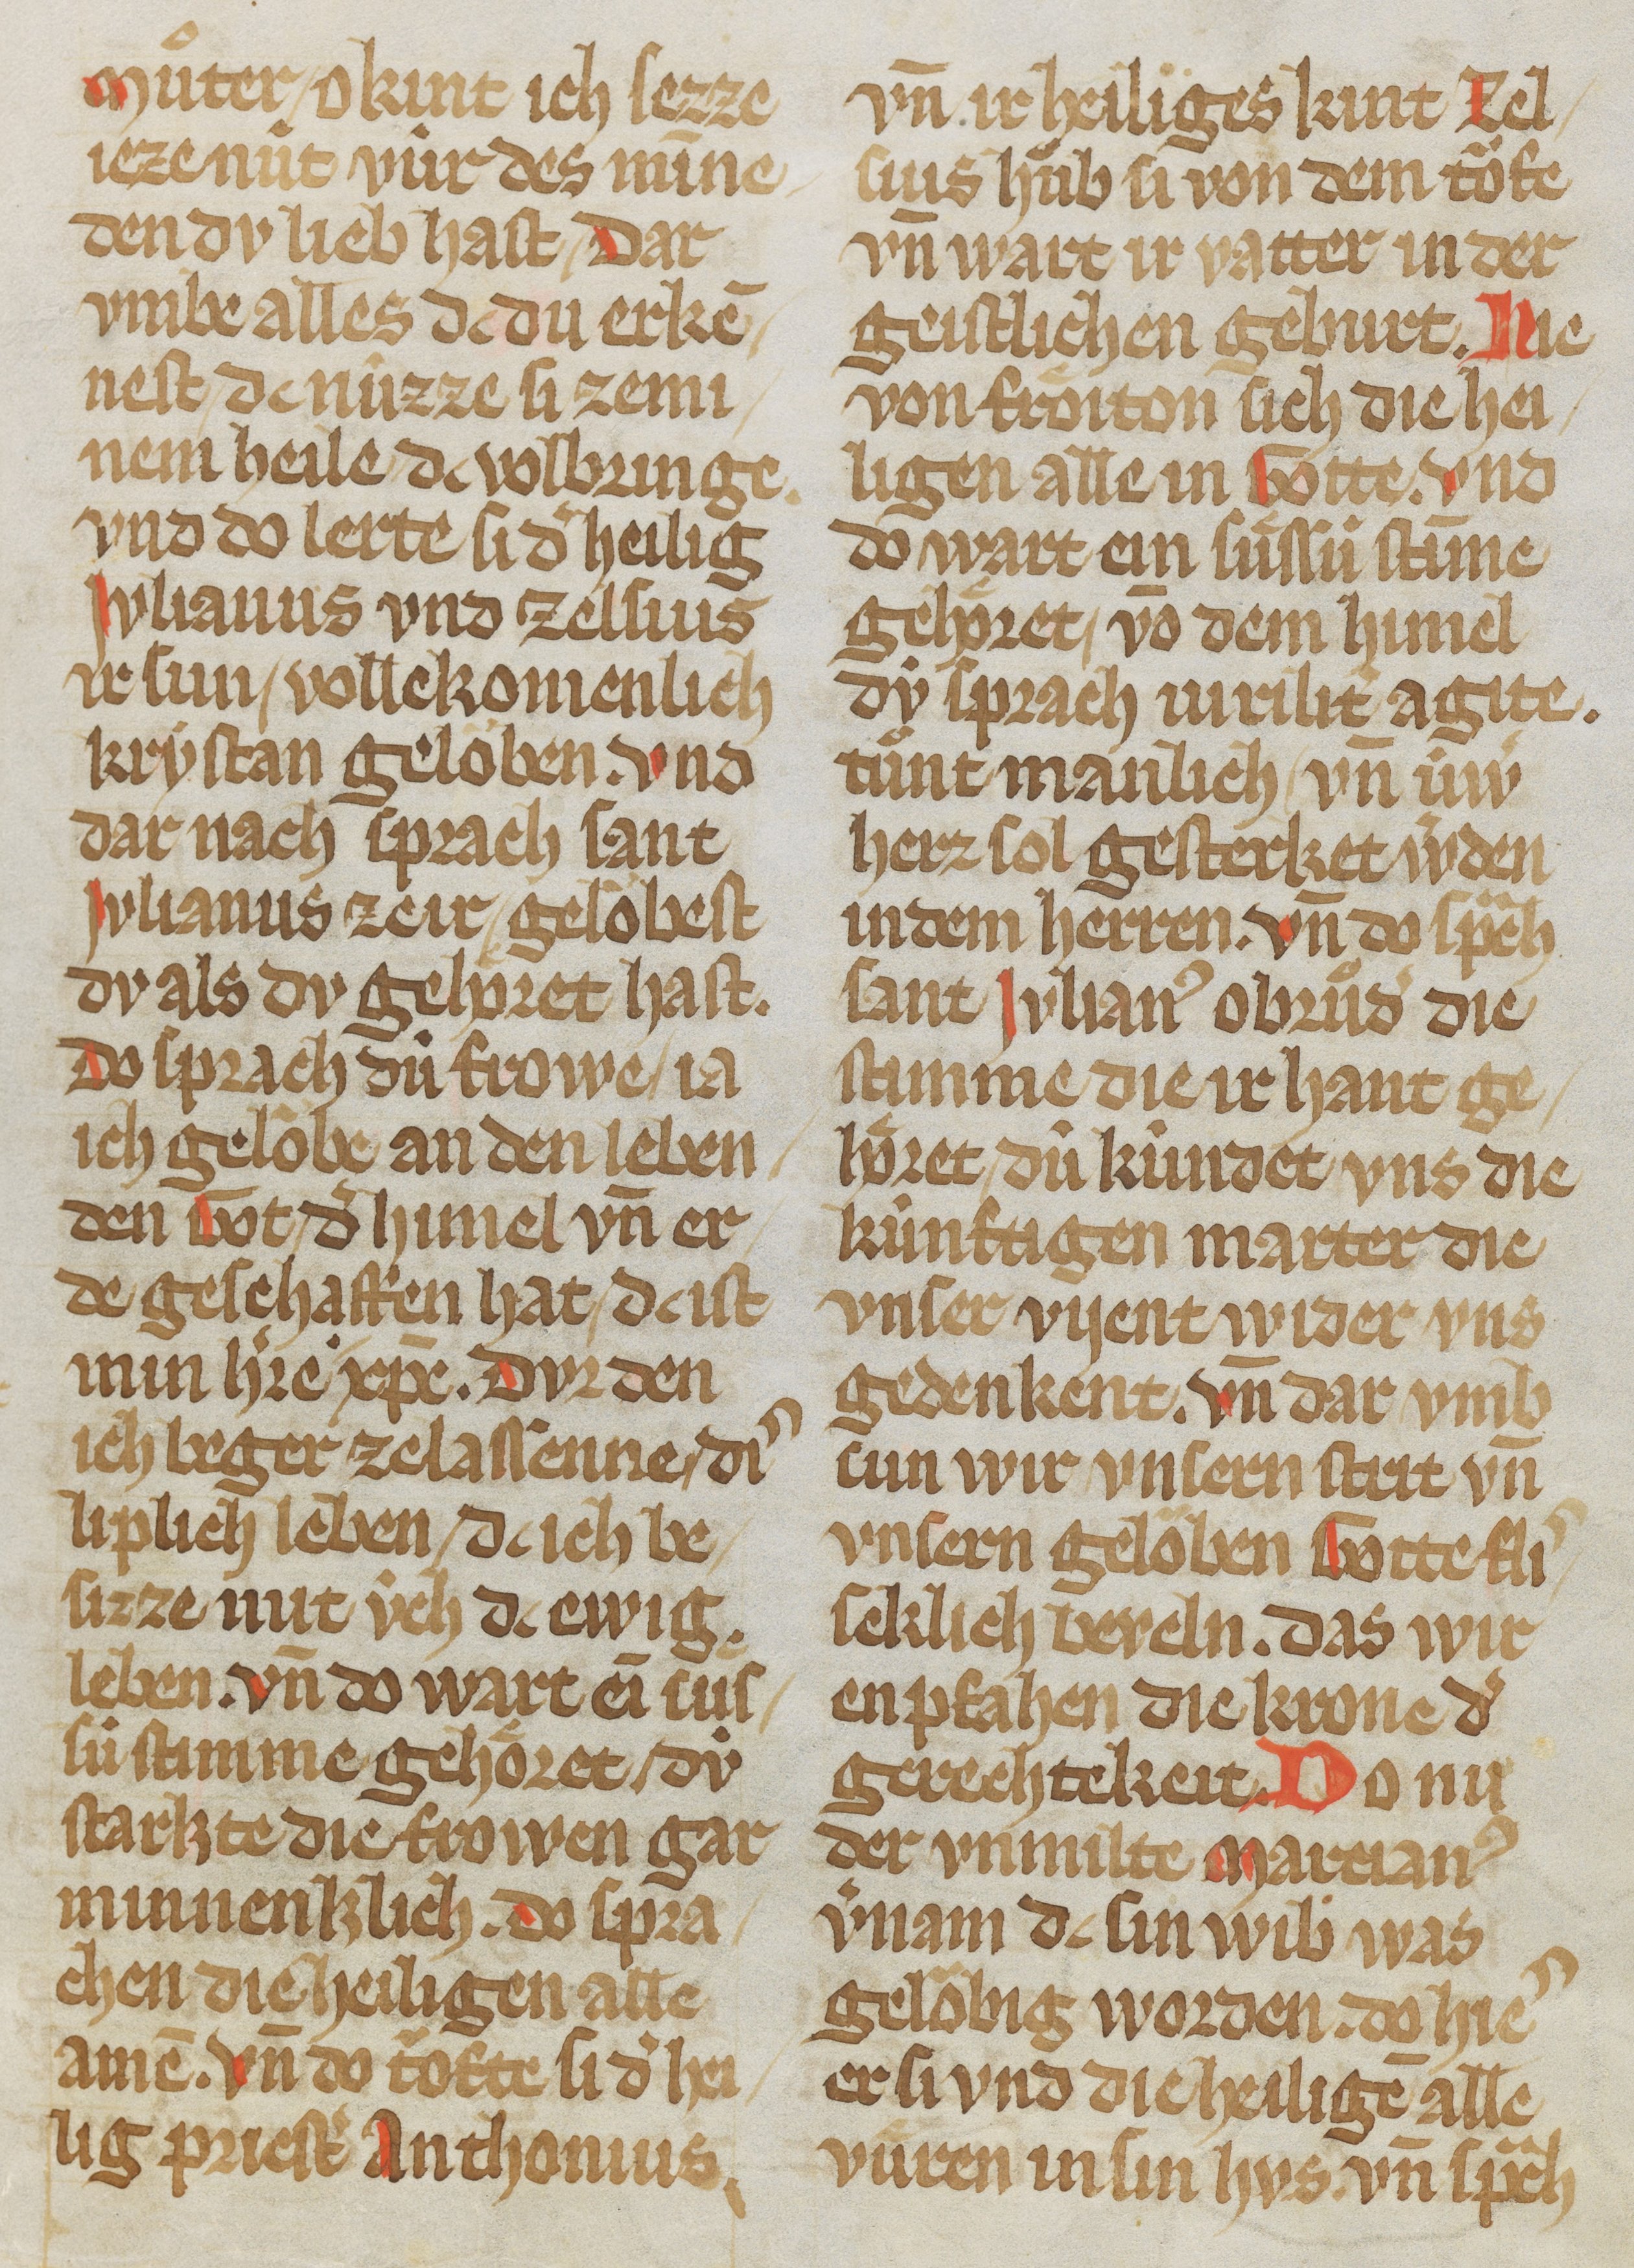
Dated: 1325–1349